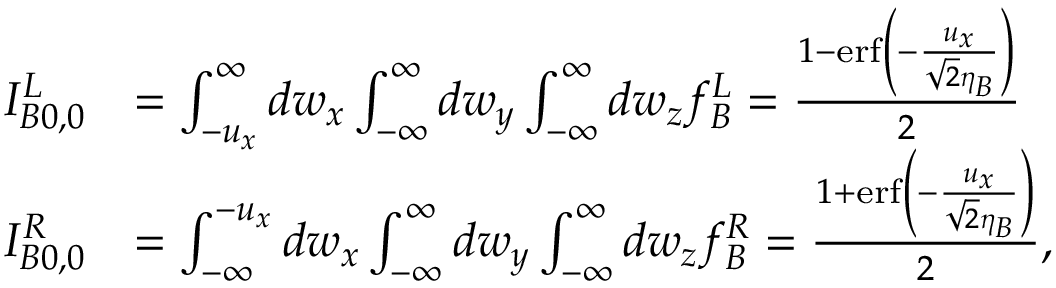
\begin{array} { r l } { I _ { B 0 , 0 } ^ { L } } & { = \int _ { - u _ { x } } ^ { \infty } d w _ { x } \int _ { - \infty } ^ { \infty } d w _ { y } \int _ { - \infty } ^ { \infty } d w _ { z } f _ { B } ^ { L } = \frac { 1 - \operatorname { e r f } \left( - \frac { u _ { x } } { \sqrt { 2 } \eta _ { B } } \right) } { 2 } } \\ { I _ { B 0 , 0 } ^ { R } } & { = \int _ { - \infty } ^ { - u _ { x } } d w _ { x } \int _ { - \infty } ^ { \infty } d w _ { y } \int _ { - \infty } ^ { \infty } d w _ { z } f _ { B } ^ { R } = \frac { 1 + \operatorname { e r f } \left( - \frac { u _ { x } } { \sqrt { 2 } \eta _ { B } } \right) } { 2 } , } \end{array}